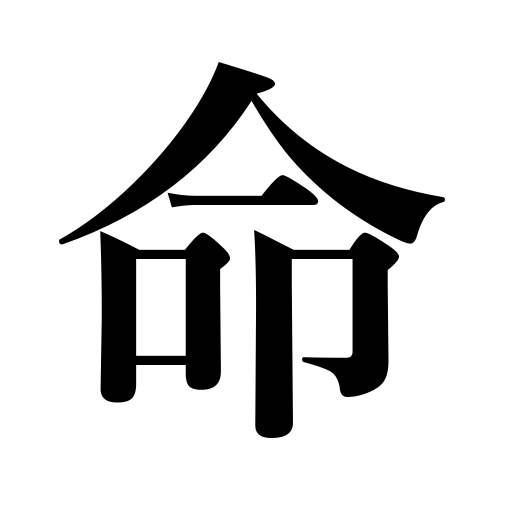
Meanings: ,command,destiny,life,decree